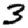
Digit: 3